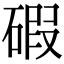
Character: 碬